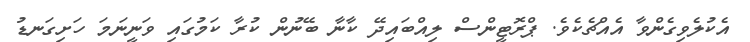
އެކުލެވިގެންވާ އެއްޗެކެވެ. ޕްރޮޓީންސް ލިއްބައިދޭ ކާނާ ބޭނުން ކުރާ ކަމުގައި ވަނީނަމަ ހަށިގަނޑު